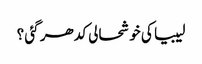
لیبیا کی خوشحالی کدھر گئی ؟